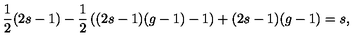
{ \frac { 1 } { 2 } } ( 2 s - 1 ) - { \frac { 1 } { 2 } } \left( ( 2 s - 1 ) ( g - 1 ) - 1 \right) + ( 2 s - 1 ) ( g - 1 ) = s ,